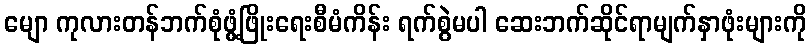
မျော ကုလားတန်ဘက်စုံဖွံ့ဖြိုးရေးစီမံကိန်း ရက်စွဲမပါ ဆေးဘက်ဆိုင်ရာမျက်နှာဖုံးများကို